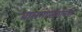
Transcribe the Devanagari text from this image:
बालगोपाळांमध्ये